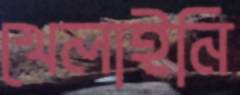
খেলাইনি